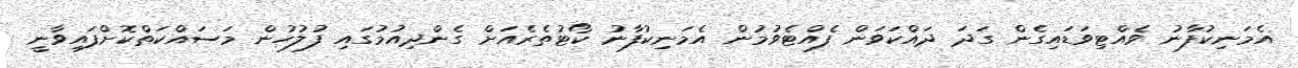
އެމަނިކުފާނު ވެއްޓިވަޑައިގެން ގަދަ ދައްކަވަން ފެއްޓެވުމުން އެމަނިކުފާނު ކޯޓުތެރެެއަށް ގެންދިއުމުގައި ފުލުހުން މަސައްކަތްކޮށްފައިވާނީ